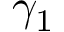
\gamma _ { 1 }